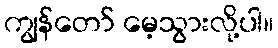
ကျွန်တော် မေ့သွားလို့ပါ။